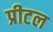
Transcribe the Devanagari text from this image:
प्रीटल